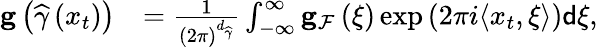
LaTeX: \begin{array}{rl}{\mathbf{g}\left(\widehat{\gamma}\left(x_{t}\right)\right)}&{=\frac{1}{\left(2\pi\right)^{d_{\widehat{\gamma}}}}\int_{-\infty}^{\infty}\mathbf{g}_{\mathcal{F}}\left(\xi\right)\exp\left(2\pi i\langle x_{t},\xi\rangle\right)\mathsf{d}\xi,}\end{array}